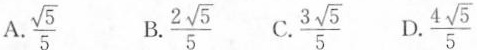
A. \frac{\sqrt{5}}{5} B.\frac{2 \sqrt{5}}{5} C.\frac{3 \sqrt{5}}{5} D.\frac{4 \sqrt{5}}{5}